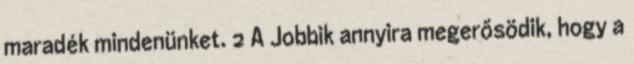
maradék mindenünket. 2 A Jobbik annyira megerősödik, hogy a